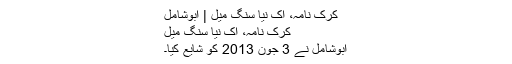
کرک نامہ، اک نیا سنگ میل | ابوشامل
کرک نامہ، اک نیا سنگ میل
ابوشامل نے 3 جون 2013 کو شایع کیا۔